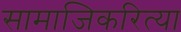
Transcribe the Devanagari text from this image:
सामाजिकरित्या